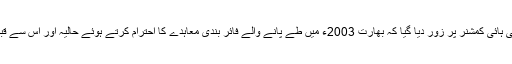
پاکستانی عہدیدار کی طرف سے بھارتی ڈپٹی ہائی کمشنر پر زور دیا گیا کہ بھارت 2003ء میں طے پانے والے فائر بندی معاہدے کا احترام کرتے ہوئے حالیہ اور اس سے قبل پیش آنے والے واقعات کی تحقیقات کرے۔